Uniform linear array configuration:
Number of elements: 24
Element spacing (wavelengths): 1
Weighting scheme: cosine
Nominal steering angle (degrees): -45
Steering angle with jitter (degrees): -44.17
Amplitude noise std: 0.05
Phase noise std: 0.05

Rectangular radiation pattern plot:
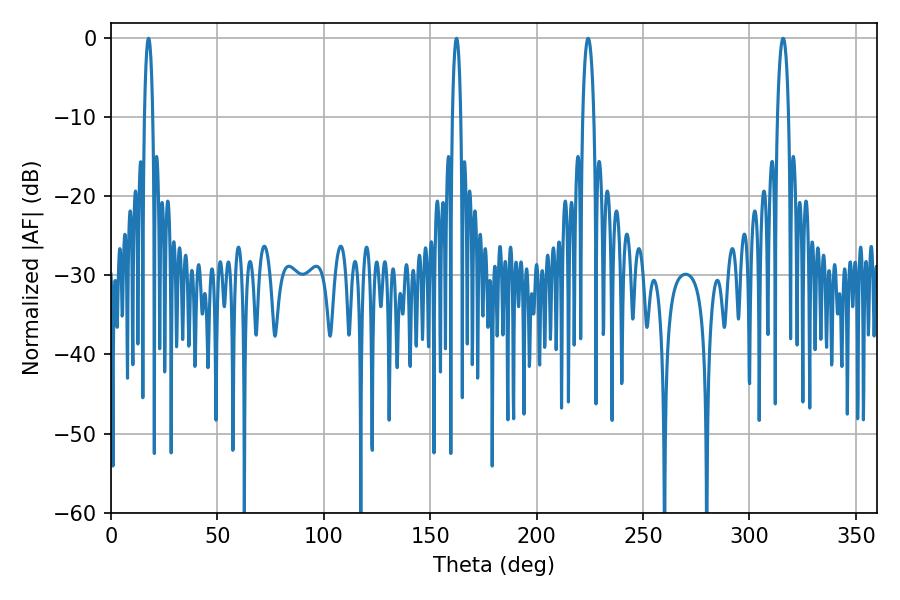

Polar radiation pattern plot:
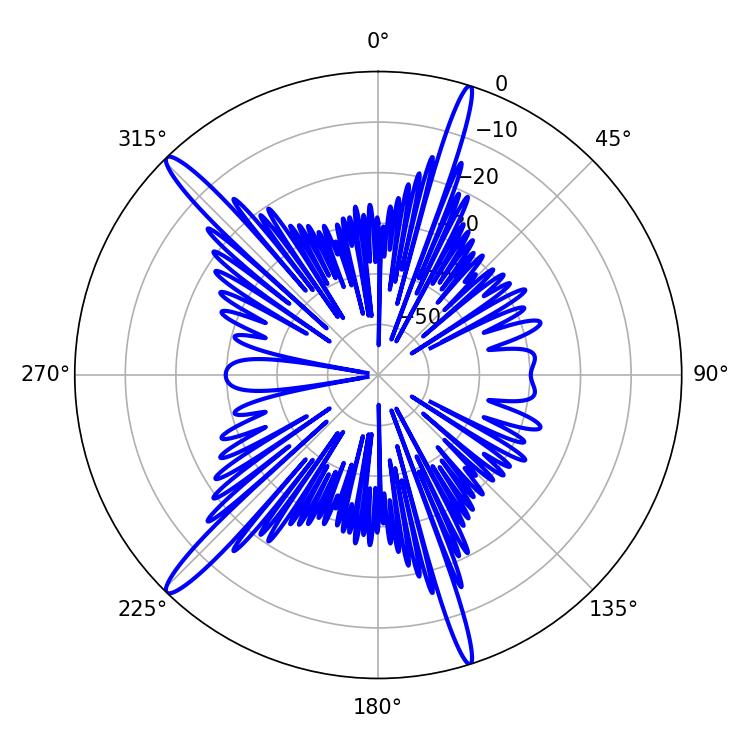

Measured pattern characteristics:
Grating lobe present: TRUE
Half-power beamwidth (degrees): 2.16
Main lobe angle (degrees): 17.64